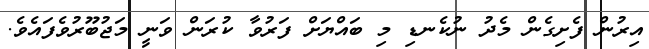
އިރުން ފެށިގެން މެދު ނުކެނޑި މި ބައްޔަށް ފަރުވާ ކުރަން ވަނީ މަޖުބޫރުވެފައެވެ.